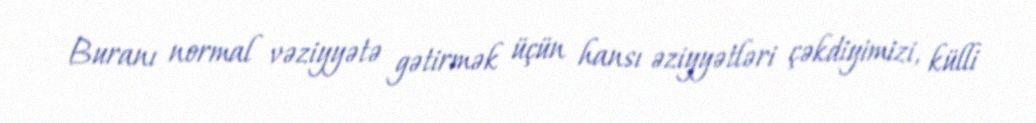
Buranı normal vəziyyətə gətirmək üçün hansı əziyyətləri çəkdiyimizi, külli